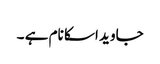
جاوید اسکا نام ہے ۔